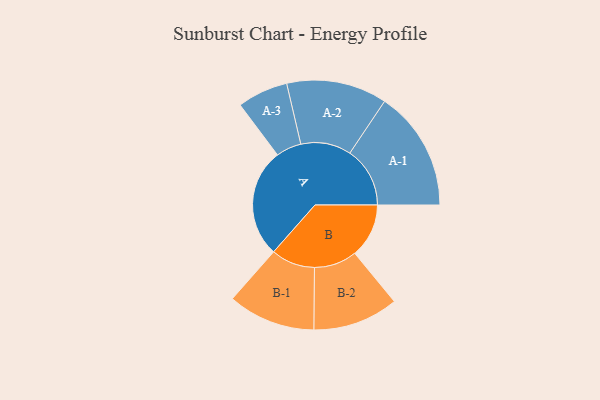
{"axis": {"x": "Segment", "y": "Value"}, "legend": ["", "A", "B"], "data": [{"x": "A", "y": 489, "type": ""}, {"x": "B", "y": 243, "type": ""}, {"x": "A-1", "y": 270, "type": "A"}, {"x": "A-2", "y": 226, "type": "A"}, {"x": "A-3", "y": 114, "type": "A"}, {"x": "B-1", "y": 197, "type": "B"}, {"x": "B-2", "y": 192, "type": "B"}]}